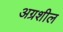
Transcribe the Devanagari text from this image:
अग्रशील